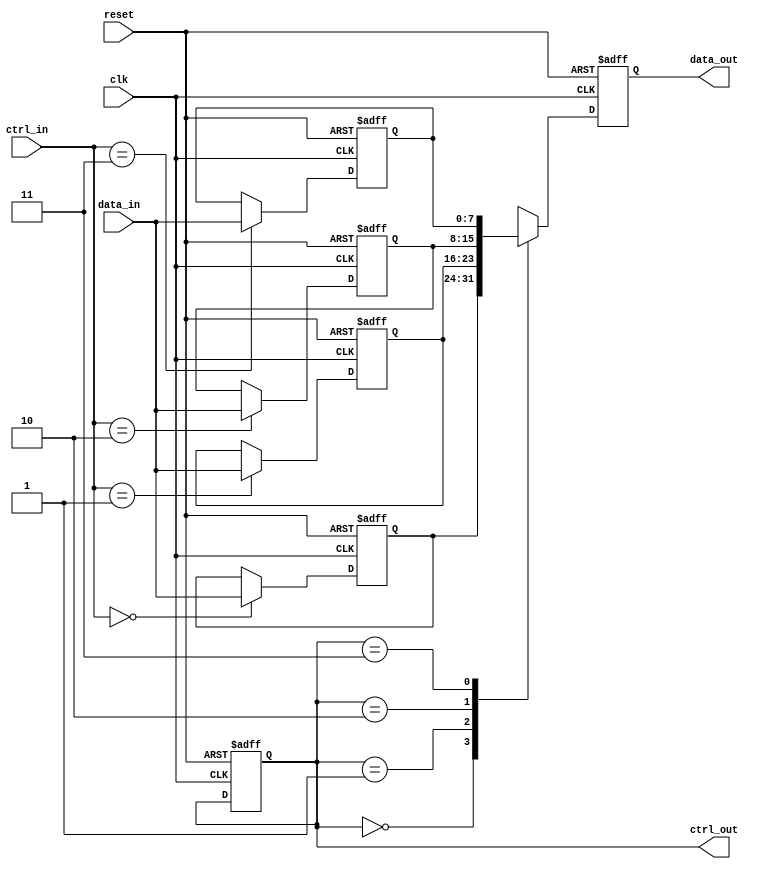
module bypass_registers (
    input wire [7:0] data_in,
    input wire [1:0] ctrl_in,
    input wire clk,
    input wire reset,
    output reg [7:0] data_out,
    output reg [1:0] ctrl_out
);

reg [7:0] reg1, reg2, reg3, reg4;

always @(posedge clk or posedge reset) begin
    if (reset) begin
        reg1 <= 8'b0;
        reg2 <= 8'b0;
        reg3 <= 8'b0;
        reg4 <= 8'b0;
    end else begin
        case (ctrl_in)
            2'b00: reg1 <= data_in;
            2'b01: reg2 <= data_in;
            2'b10: reg3 <= data_in;
            2'b11: reg4 <= data_in;
        endcase
    end
end

always @(posedge clk or posedge reset) begin
    if (reset) begin
        data_out <= 8'b0;
        ctrl_out <= 2'b00;
    end else begin
        case (ctrl_out)
            2'b00: begin
                data_out <= reg1;
            end
            2'b01: begin
                data_out <= reg2;
            end
            2'b10: begin
                data_out <= reg3;
            end
            2'b11: begin
                data_out <= reg4;
            end
        endcase
    end
end

endmodule